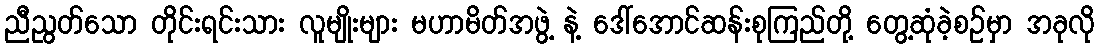
ညီညွတ်သော တိုင်းရင်းသား လူမျိုးများ မဟာမိတ်အဖွဲ့ နဲ့ ဒေါ်အောင်ဆန်းစုကြည်တို့ တွေ့ဆုံခဲ့စဉ်မှာ အခုလို